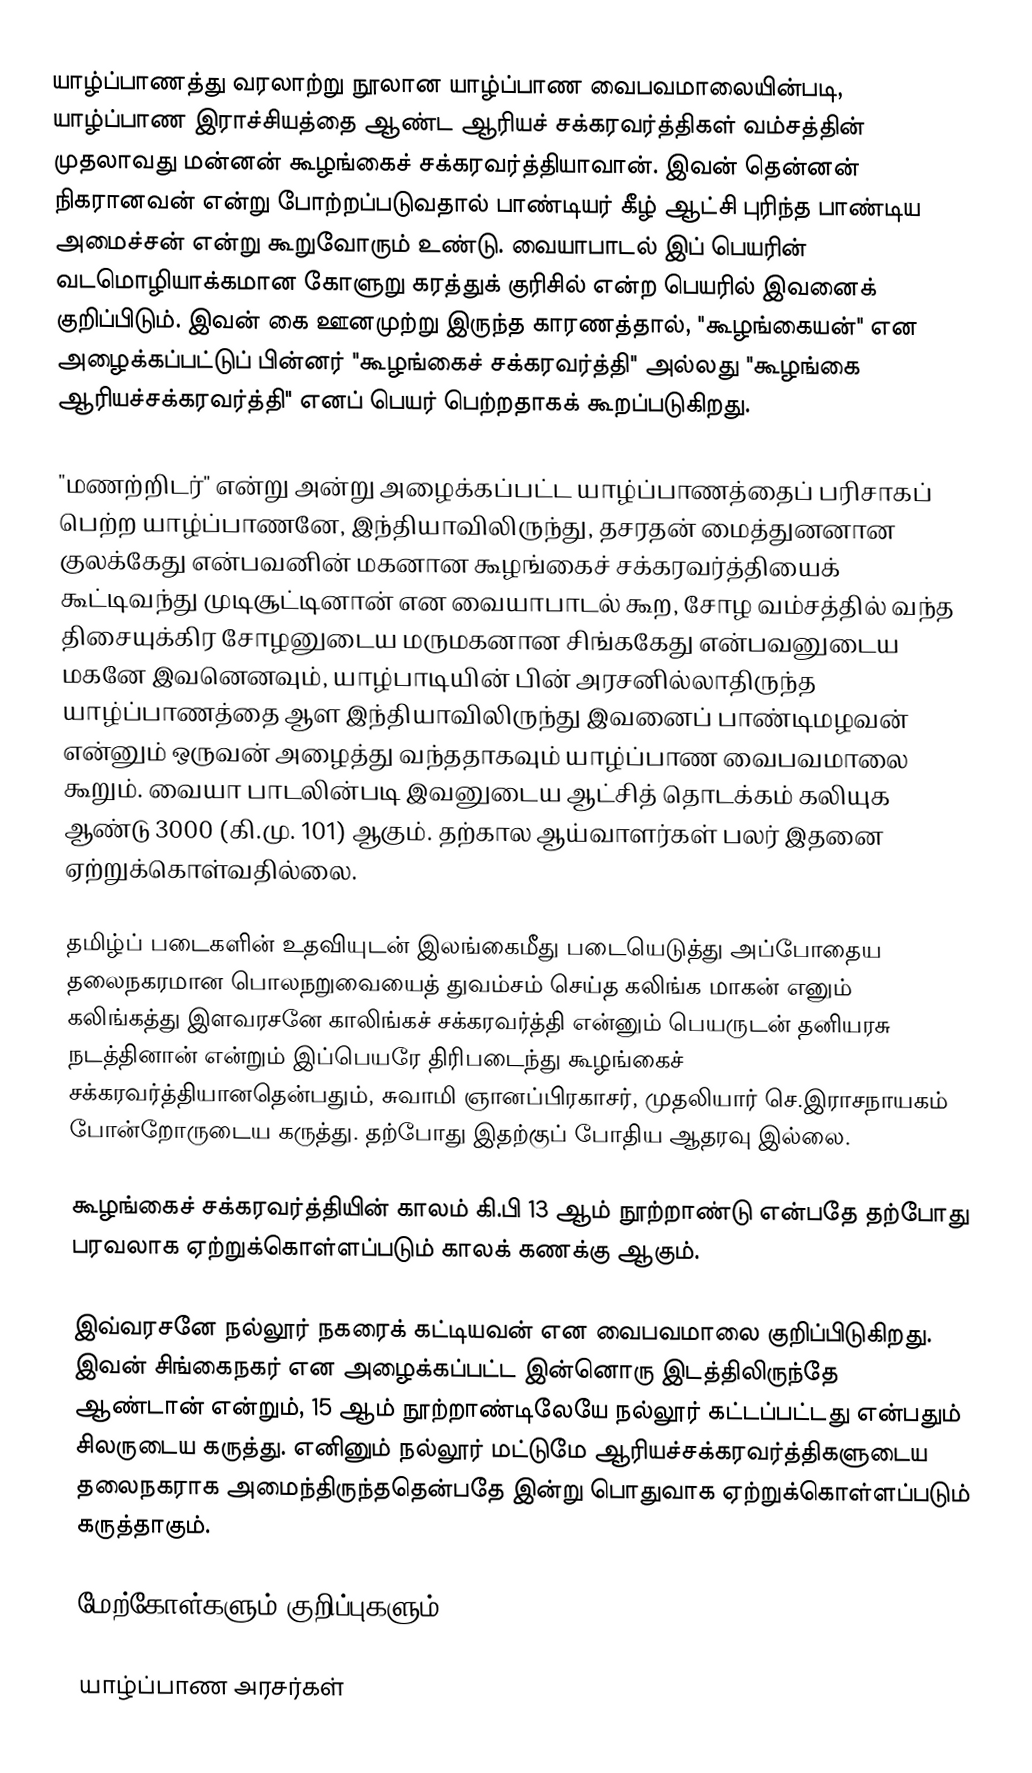
யாழ்ப்பாணத்து வரலாற்று நூலான யாழ்ப்பாண வைபவமாலையின்படி, யாழ்ப்பாண இராச்சியத்தை ஆண்ட ஆரியச் சக்கரவர்த்திகள் வம்சத்தின் முதலாவது மன்னன் கூழங்கைச் சக்கரவர்த்தியாவான். இவன் தென்னன் நிகரானவன் என்று போற்றப்படுவதால் பாண்டியர் கீழ் ஆட்சி புரிந்த பாண்டிய அமைச்சன் என்று கூறுவோரும் உண்டு. வையாபாடல் இப் பெயரின் வடமொழியாக்கமான கோளுறு கரத்துக் குரிசில் என்ற பெயரில் இவனைக் குறிப்பிடும். இவன் கை ஊனமுற்று இருந்த காரணத்தால், "கூழங்கையன்" என அழைக்கப்பட்டுப் பின்னர் "கூழங்கைச் சக்கரவர்த்தி" அல்லது "கூழங்கை ஆரியச்சக்கரவர்த்தி" எனப் பெயர் பெற்றதாகக் கூறப்படுகிறது.

"மணற்றிடர்" என்று அன்று அழைக்கப்பட்ட யாழ்ப்பாணத்தைப் பரிசாகப் பெற்ற யாழ்ப்பாணனே, இந்தியாவிலிருந்து, தசரதன் மைத்துனனான குலக்கேது என்பவனின் மகனான கூழங்கைச் சக்கரவர்த்தியைக் கூட்டிவந்து முடிசூட்டினான் என வையாபாடல் கூற, சோழ வம்சத்தில் வந்த திசையுக்கிர சோழனுடைய மருமகனான சிங்ககேது என்பவனுடைய மகனே இவனெனவும், யாழ்பாடியின் பின் அரசனில்லாதிருந்த யாழ்ப்பாணத்தை ஆள இந்தியாவிலிருந்து இவனைப் பாண்டிமழவன் என்னும் ஒருவன் அழைத்து வந்ததாகவும் யாழ்ப்பாண வைபவமாலை கூறும். வையா பாடலின்படி இவனுடைய ஆட்சித் தொடக்கம் கலியுக ஆண்டு 3000 (கி.மு. 101) ஆகும். தற்கால ஆய்வாளர்கள் பலர் இதனை ஏற்றுக்கொள்வதில்லை.

தமிழ்ப் படைகளின் உதவியுடன் இலங்கைமீது படையெடுத்து அப்போதைய தலைநகரமான பொலநறுவையைத் துவம்சம் செய்த கலிங்க மாகன் எனும் கலிங்கத்து இளவரசனே காலிங்கச் சக்கரவர்த்தி என்னும் பெயருடன் தனியரசு நடத்தினான் என்றும் இப்பெயரே திரிபடைந்து கூழங்கைச் சக்கரவர்த்தியானதென்பதும், சுவாமி ஞானப்பிரகாசர், முதலியார் செ.இராசநாயகம் போன்றோருடைய கருத்து. தற்போது இதற்குப் போதிய ஆதரவு இல்லை.

கூழங்கைச் சக்கரவர்த்தியின் காலம் கி.பி 13 ஆம் நூற்றாண்டு என்பதே தற்போது பரவலாக ஏற்றுக்கொள்ளப்படும் காலக் கணக்கு ஆகும்.

இவ்வரசனே நல்லூர் நகரைக் கட்டியவன் என வைபவமாலை குறிப்பிடுகிறது. இவன் சிங்கைநகர் என அழைக்கப்பட்ட இன்னொரு இடத்திலிருந்தே ஆண்டான் என்றும், 15 ஆம் நூற்றாண்டிலேயே நல்லூர் கட்டப்பட்டது என்பதும் சிலருடைய கருத்து. எனினும் நல்லூர் மட்டுமே ஆரியச்சக்கரவர்த்திகளுடைய தலைநகராக அமைந்திருந்ததென்பதே இன்று பொதுவாக ஏற்றுக்கொள்ளப்படும் கருத்தாகும்.

மேற்கோள்களும் குறிப்புகளும்

யாழ்ப்பாண அரசர்கள்